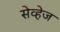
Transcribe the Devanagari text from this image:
सेव्हेज